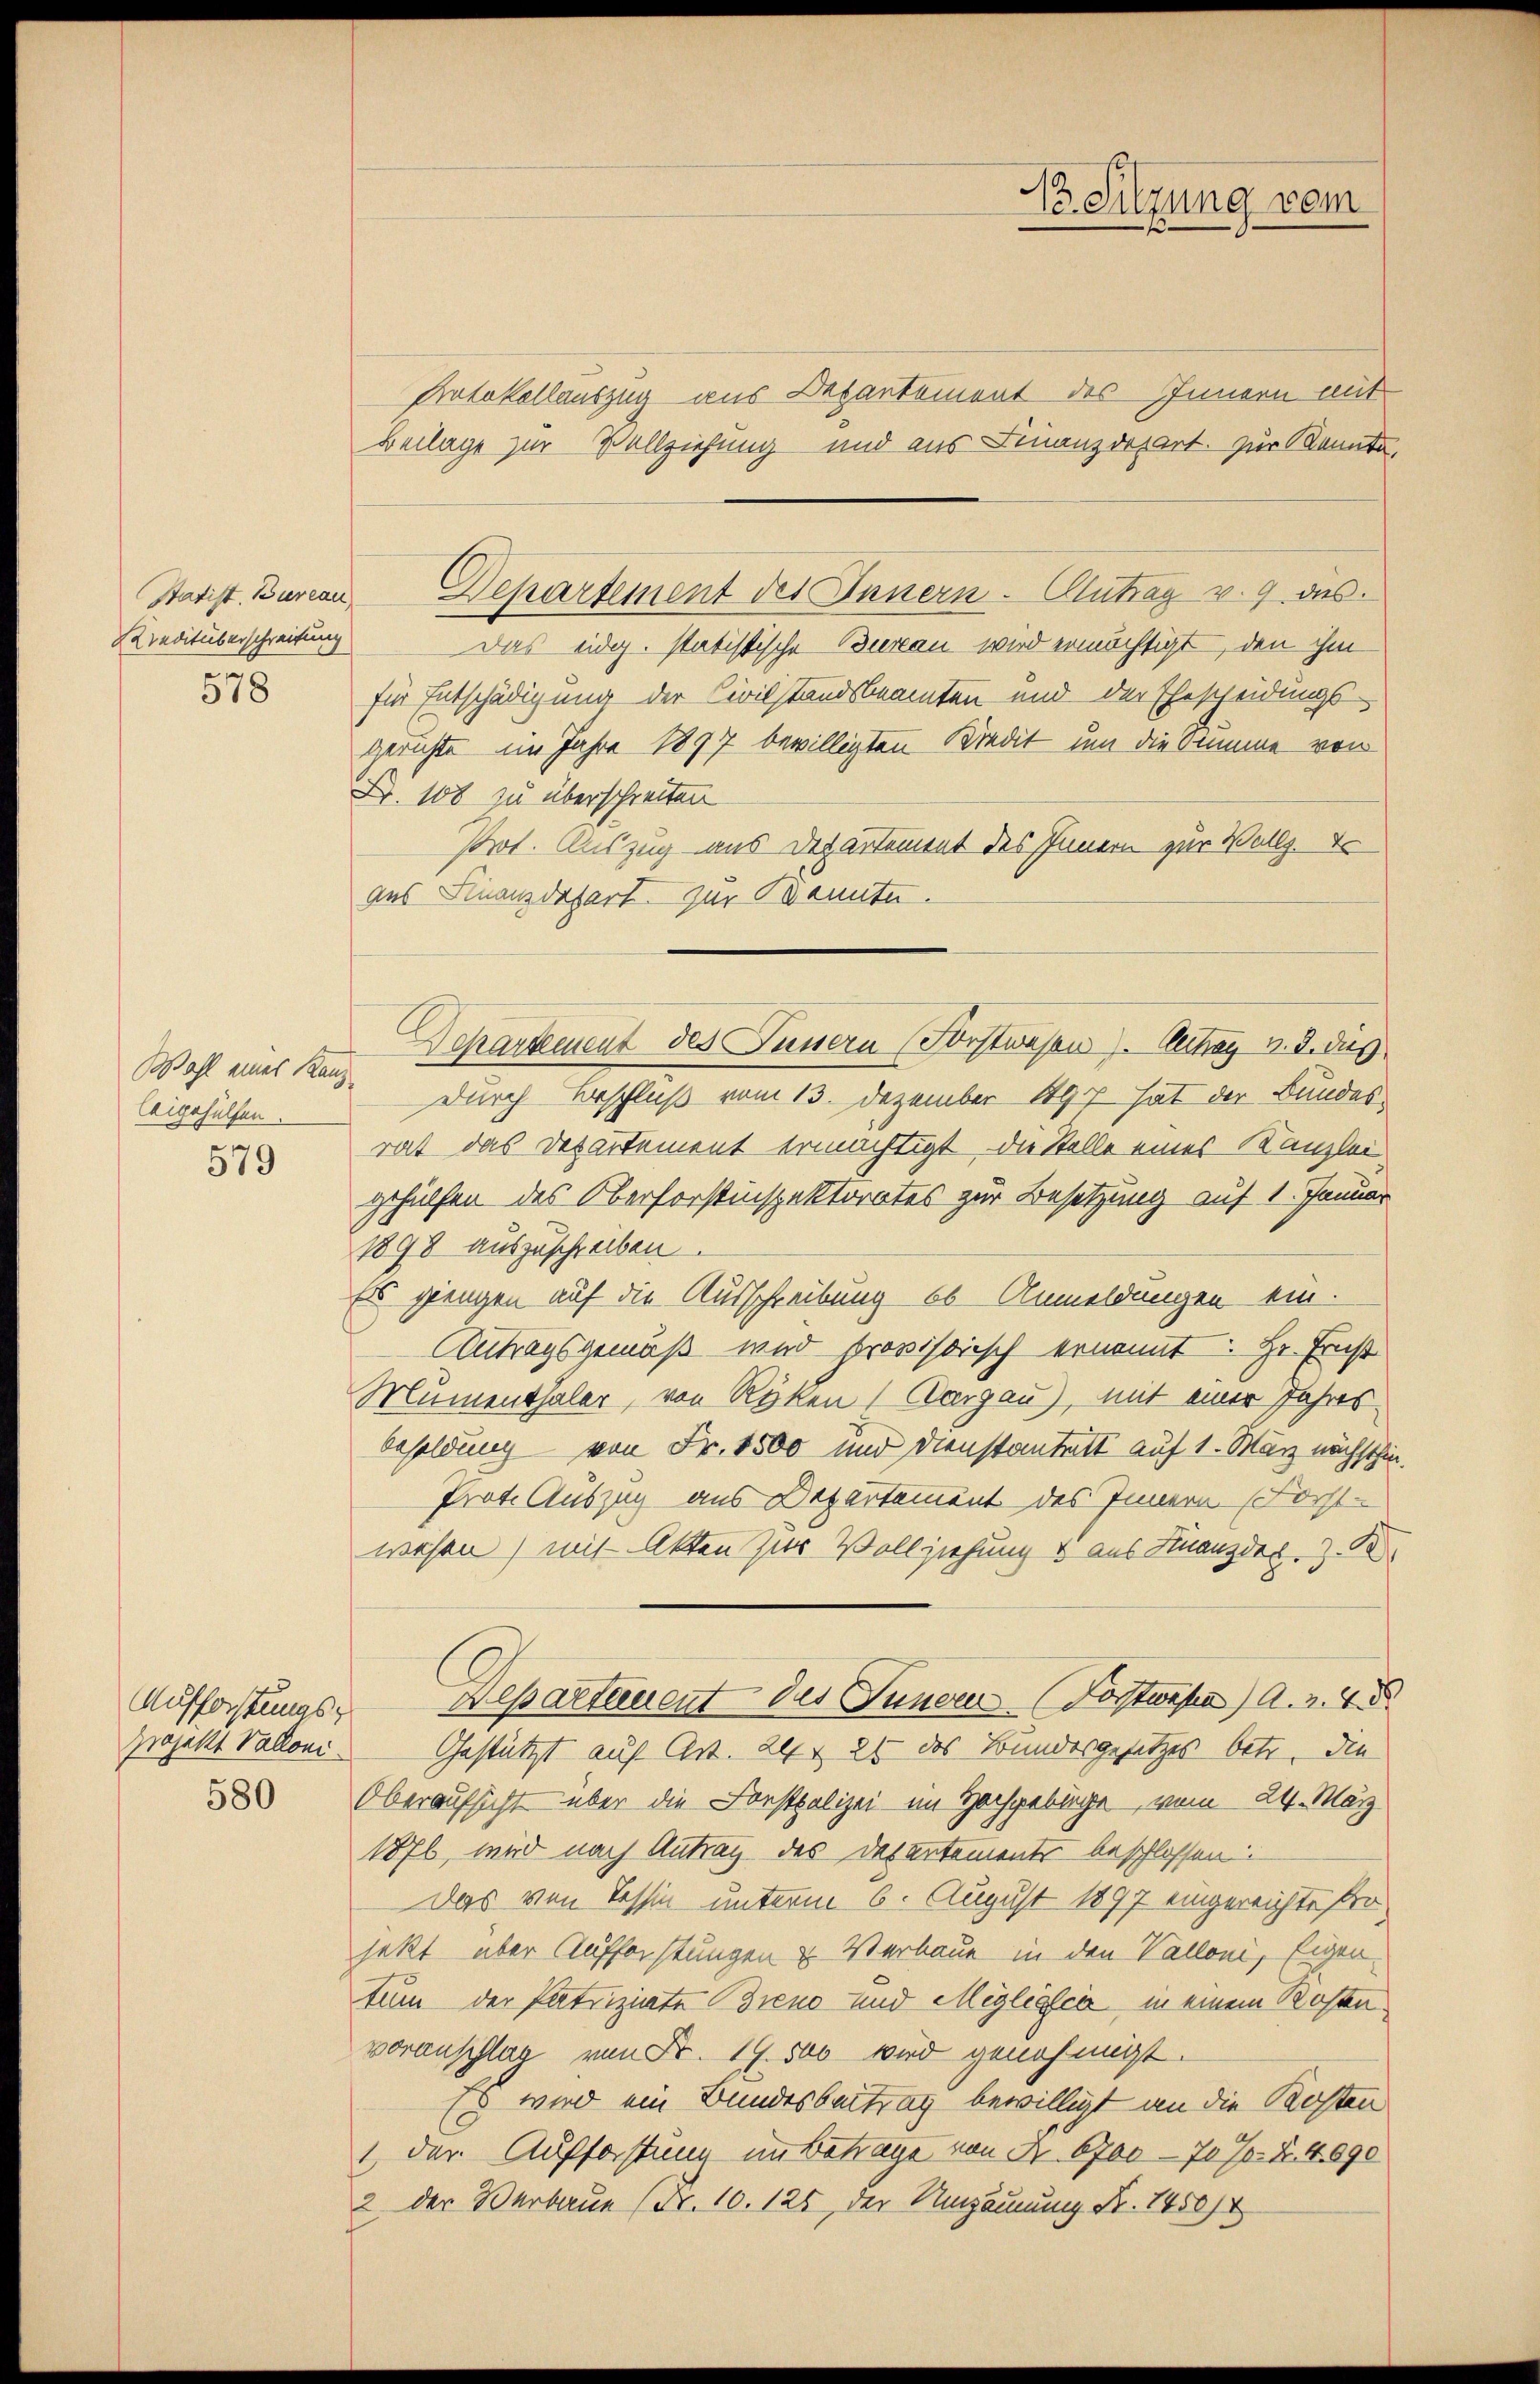
Kreditüberschreitung
578

Wahl eines Kanz
leigehülfen.

579

Auffachtungs-
Projekt Valloni
580

Protokollauszug aus Bekantoment des Innern mit
Beilage zur Vollziehung und aus Finanzdepart. Zur Kannte,
Statist. Burcan Departement des Innern - Antrag v. 9 des
Das eidg. statistische Bierau wird ermächtigt, den ihm
für Entschädigung der Civilstandsbeamten und der Ehescheidungs-
gerichte im Jahre 1897 bewilligten Kredit um die Stumme von
Fr. 108 zu überschreiten
Prot. Auszug aus Departement des Innern zur Wallz. Er
aes Finanzdepart zur Kennte.
Departement des Junsern (Forstwesen. Beitrag v. 3. dies
Durch Beschluß vom 13. Dezember 1907 hat der Bundesrat das Departement ermächtigt, die Stelle eines Kanzlei-
gehülfen des Oberforstinspektorates zur Besetzung auf 1. Januar
1898 auszuschreiben
Es giengen auf die Ausschreibung 66 Anmeldungen ein.
Antragsgemäß wird provisorisch ernannt: Hr. Ernst
Mumenthaler, von Rüken, Aargau), mit einer Jahres
besoldung von Fr. 1500 und Dienstantett auf 1. März nächsthin.
Prote Auszug aus Departement des Innern (Forst
wesen) mit Akten zur Vollziehung & aus Finanzdes.
Alpaltenent des Jungen (Forstwesen) A. v. 4. d.
Gestützt auf Art. 26 & 26 des Bundesgesetzes betr. die
Oberaufsicht über die Forstpolizei im Hochgebirge, vom 24. März
187, wird nach Antrag des Departements beschlossen
Das von Tessin unterm 6. August 1897 eingereichte Projetzt über Aufforstungen & Verbaue in den Valloni, Eigen
tum der Patriziate Brend und Migliasca in einem Rosen
voranschlag von Fr. 19. 500 wird genehmigt.
Es wird ein Bundesbeitrag bewilligt an die Kosten
1 der Aufforstung im Betrage von Nr. 6700 - 70 %. Nr. 4690
2 der Verbaue (Nr. 10. 125, der Umzäunung Nr. 1450/4

No Sitzung vom